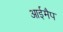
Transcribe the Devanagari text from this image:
आईमैप